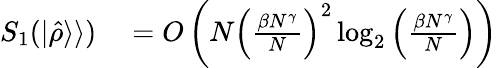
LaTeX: \begin{array}{rl}{S_{1}(\vert\hat{\rho}\rangle\rangle)}&{{}=O\left(N\left(\frac{\beta N^{\gamma}}{N}\right)^{2}\log_{2}{\left(\frac{\beta N^{\gamma}}{N}\right)}\right)}\end{array}